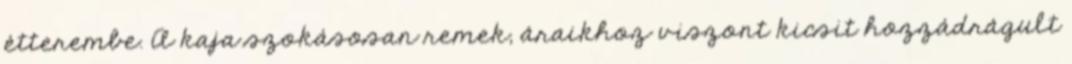
étterembe. A kaja szokásosan remek, áraikhoz viszont kicsit hozzádrágult